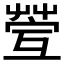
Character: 𦯥